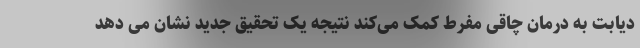
دیابت به درمان چاقی مفرط کمک می‌کند نتیجه یک تحقیق جدید نشان می دهد